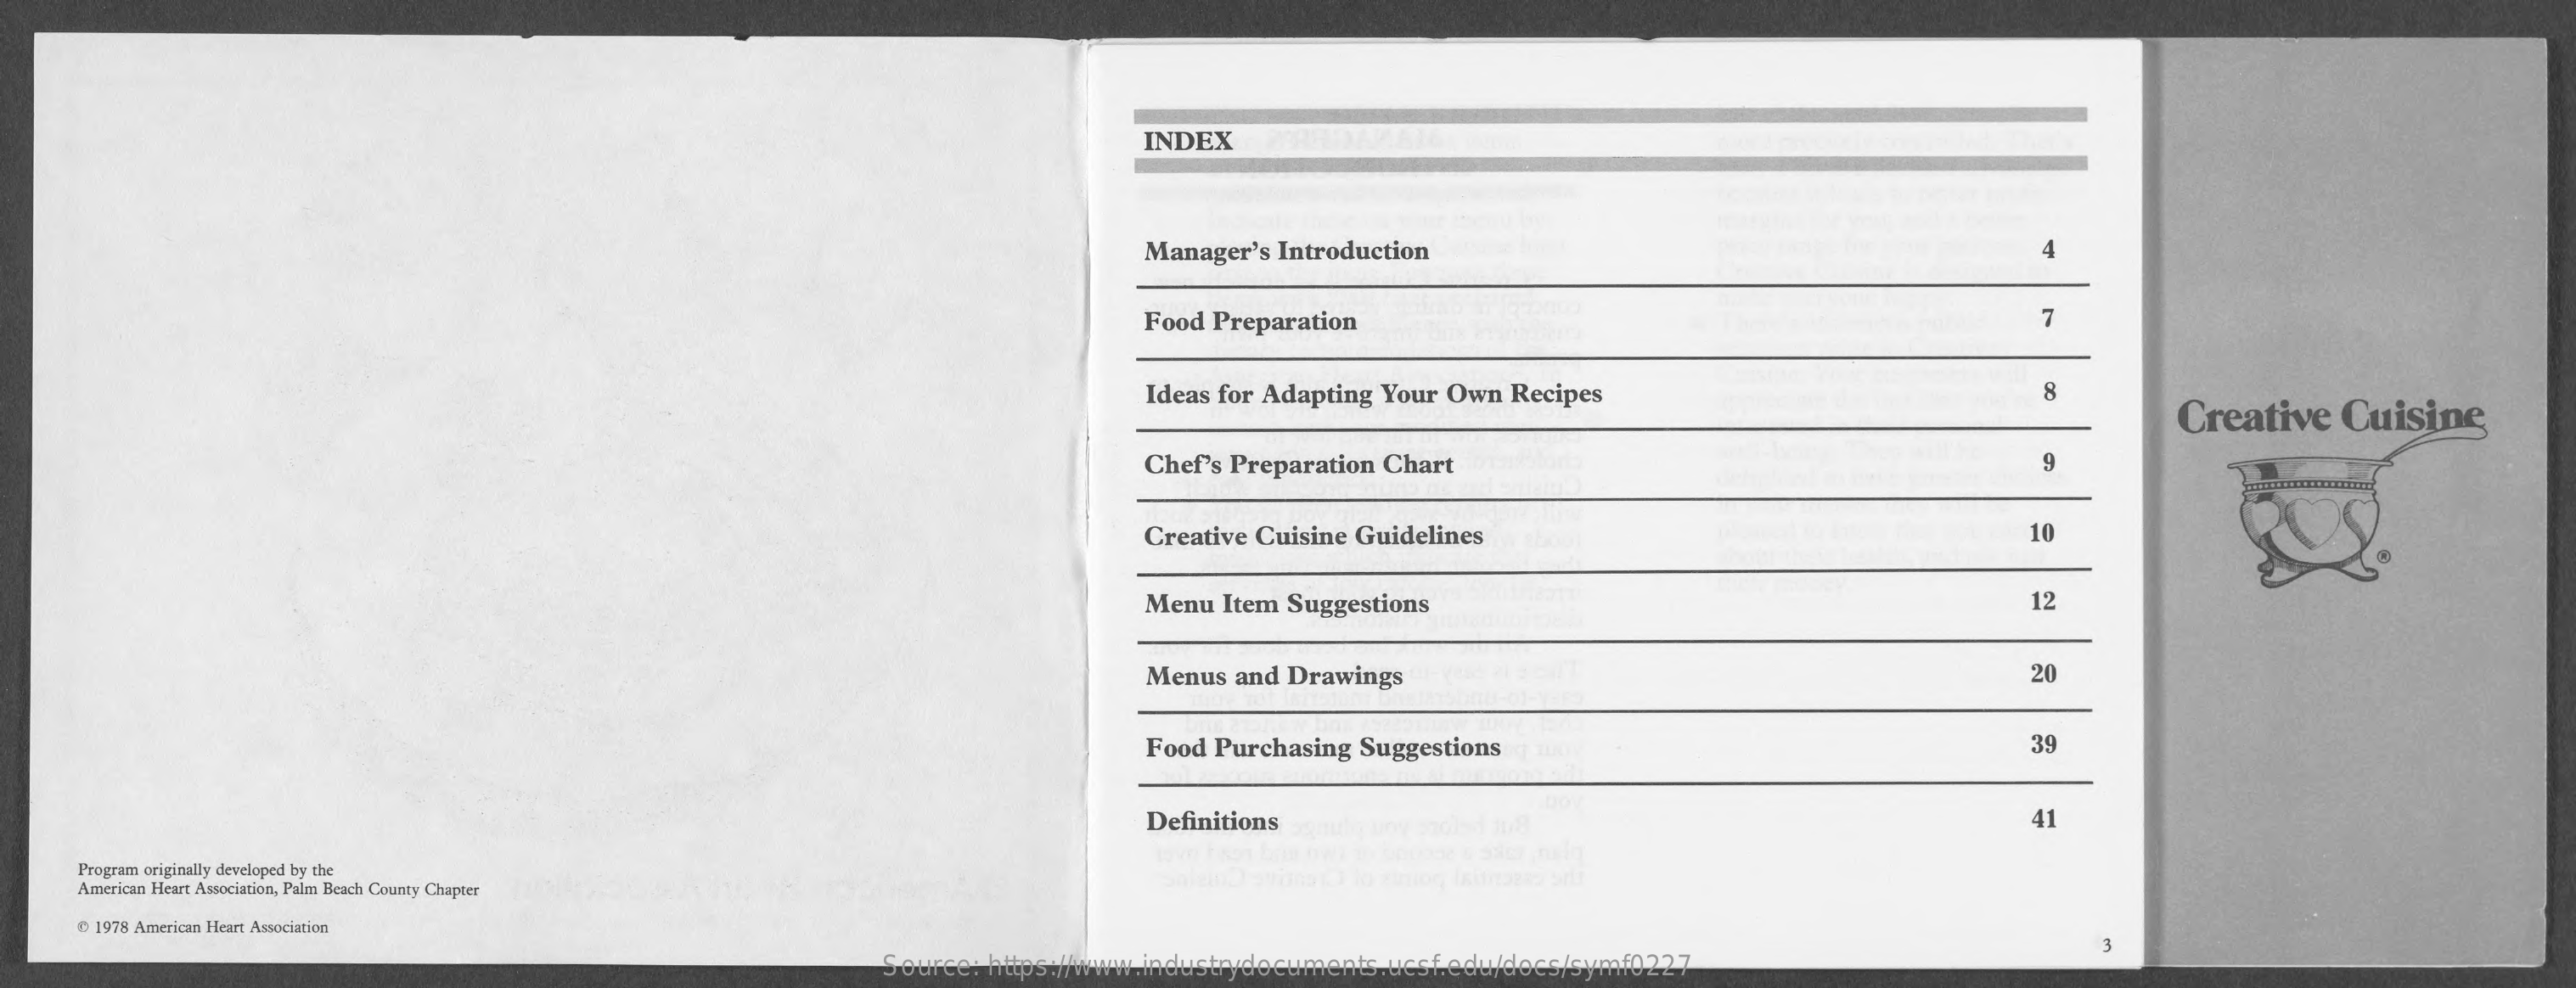
INDEX
     Manager's Introduction
     Food Preparation    7
     Ideas for Adapting Your Own Recipes    8
     Creative    Cuisine
     Chef's Preparation Chart    9
     Creative Cuisine Guidelines    10
     Menu Item Suggestions    12
     Menus and Drawings    20
     Food Purchasing Suggestions    39
     Definitions    41
     Program originally developed by the
     American Heart Association, Palm Beach County Chapter
     @ 1978 American Heart Association
     Source: https://www.industrydocuments.ucsf.edu/docs/symf0227